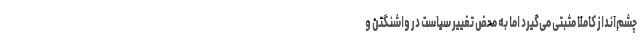
چشم‌انداز کاملاً مثبتی می‌گیرد اما به محض تغییر سیاست در واشنگتن و